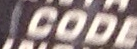
CODE